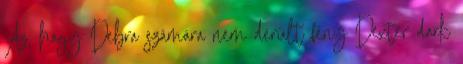
Az, hogy Debra számára nem derült fény Dexter dark